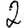
Digit: 2